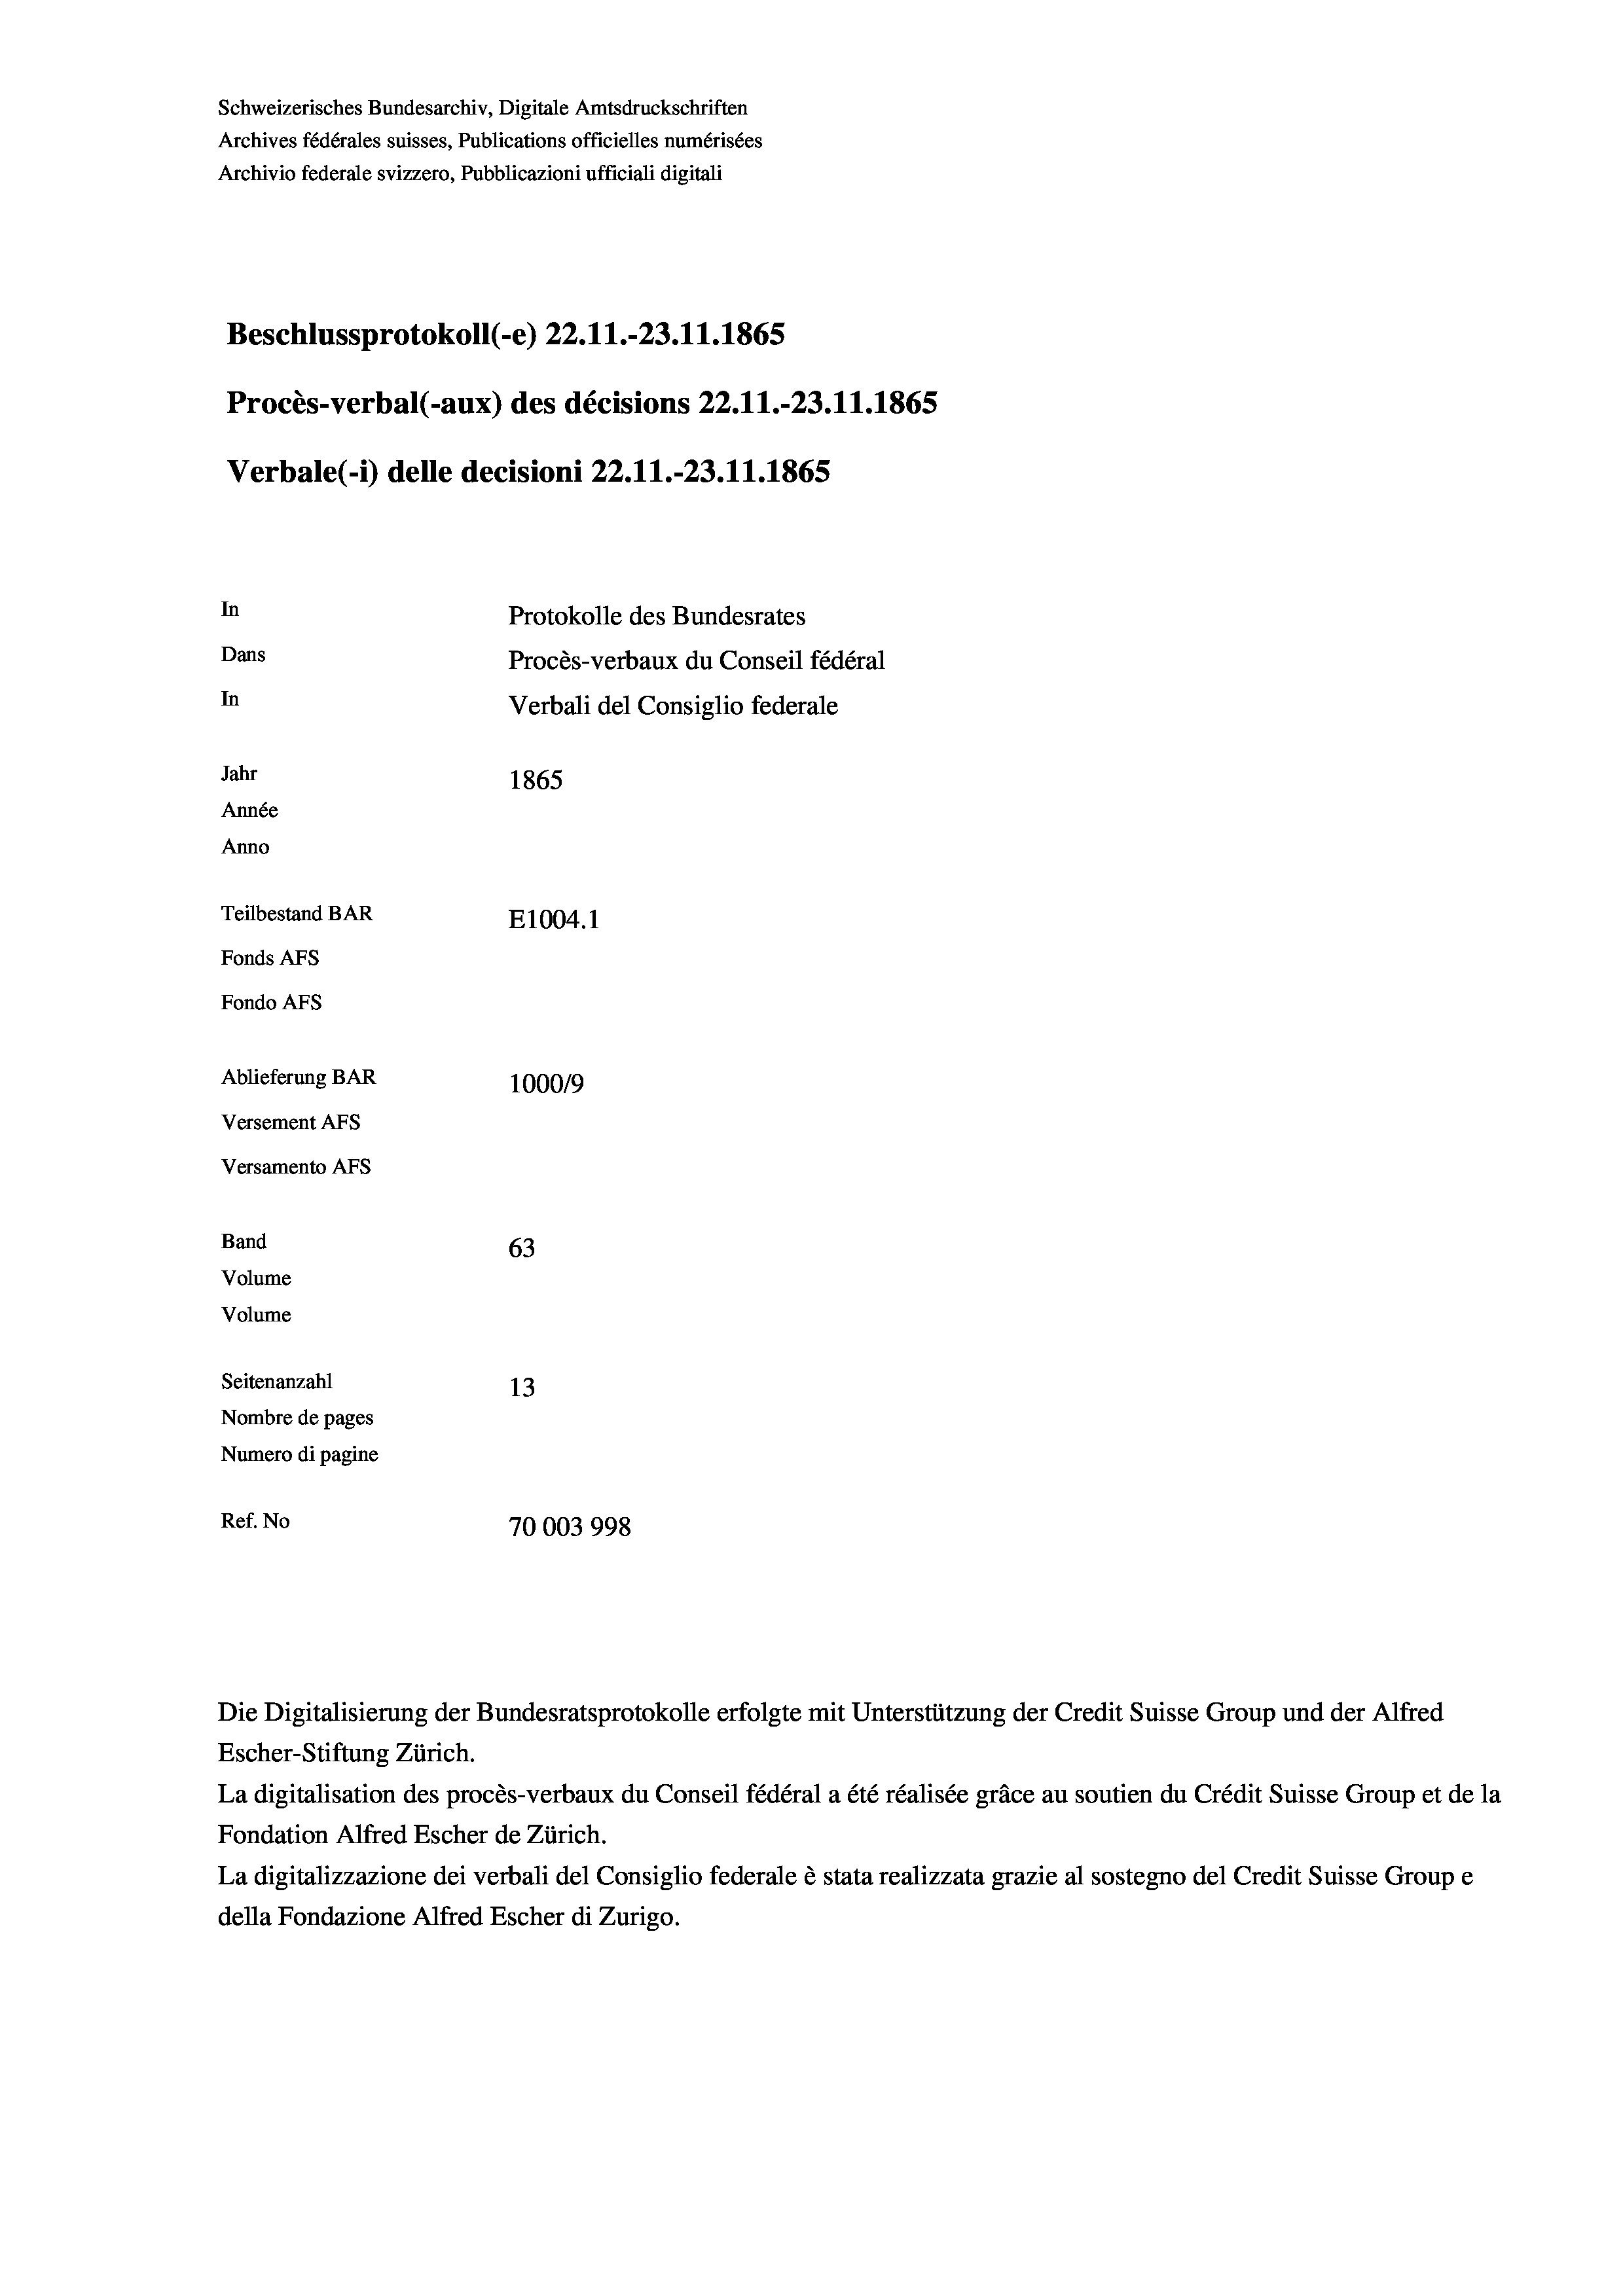
Schweizerisches Bundesarchiv, Digitale Amtsdruckschriften
Archives fédérales suisses, Publications officielles numérisées
Archivio federale svizzero, Pubblicazioni ufficiali digitali
Beschlussprotokoll (-e) 22.11.-23. 11. 1865
Procès-verbal (-aux) des décisions 22.11.-23.11.1865
Verbale (- 1) delle decisioni 22. 11.-23.11.1865
In
Protokolle des Bundesrates
Dans
Procès-verbaux du Conseil fédéral
In
Verbali del Consiglio federale
Jahr
1865
Année
Anno
Teilbestand BAR
E1004. 1
Fonds AFs
Fondo AFS
Ablieferung BAR
100019
Versement AFs
Versamento AFs
Band
63
Volume
Volume

Seitenanzahl
13
Nombre de pages
Numero di pagine
Ref. No
70003998

Escher-Stiftung Zürich.
La digitalisation des procès-verbaux du Conseil fédéral a été réalisée gräce au soutien du Crédit Suisse Group et de la
Fondation Alfred Escher de Zürich.
La digitalizzazione dei verbali del Consiglio federale è stata realizzata grazie al sostegno del Credit Suisse Groupe
della Fondazione Alfred Escher di Zurigo.

Die Digitalisierung der Bundesratsprotokolle erfolgte mit Unterstützung der Credit Suisse Group und der Alfred